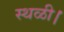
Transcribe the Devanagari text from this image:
स्थळी।